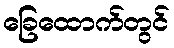
ခြေထောက်တွင်